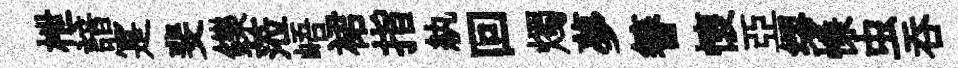
枻諳寔斐鑠蒞峿裙指紈回燭夢簮懷亞缪慊虫吞